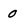
Character: 0